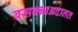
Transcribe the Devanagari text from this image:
बसवन्नाअदालत